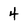
Character: 4